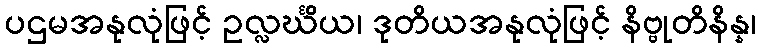
ပဌမအနုလုံဖြင့် ဥလ္လင်္ဃိယ၊ ဒုတိယအနုလုံဖြင့် နိဗ္ဗုတိနိန္န၊